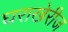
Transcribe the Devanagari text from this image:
घराखेरीज